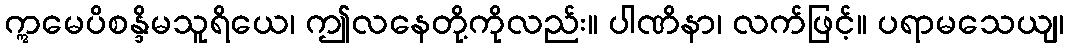
ဣမေပိစန္ဒိမသူရိယေ၊ ဤလနေတို့ကိုလည်း။ ပါဏိနာ၊ လက်ဖြင့်။ ပရာမသေယျ၊